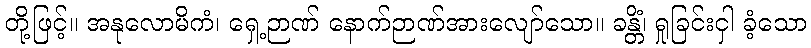
တို့ဖြင့်။ အနုလောမိကံ၊ ရှေ့ဉာဏ် နောက်ဉာဏ်အားလျော်သော။ ခန္တိံ၊ ရှုခြင်းငှါ ခံ့သော